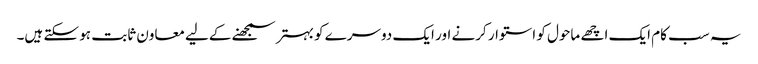
یہ سب کام ایک اچھے ماحول کو استوار کرنے اور ایک دوسرے کو بہتر سمجھنے کےلیے معاون ثابت ہو سکتے ہیں۔